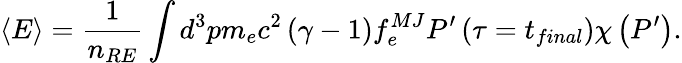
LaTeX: \left\langle E\right\rangle=\frac{1}{n_{RE}}\int d^{3}pm_{e}c^{2}\left(\gamma-1\right)f_{e}^{MJ}P^{\prime}\left(\tau=t_{final}\right)\chi\left(P^{\prime}\right).